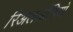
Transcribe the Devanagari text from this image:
रिअलऑडियो